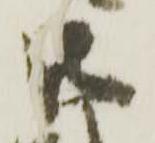
御